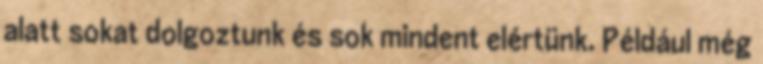
alatt sokat dolgoztunk és sok mindent elértünk. Például még